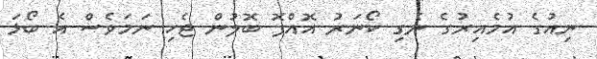
ނިއުގެ އުމެއިރުގެ ނެގި ކޯނަރު އޮއްޕޮ ބޮލުން ޖެހި ނަމަވެސް އެ ބޯޅަ